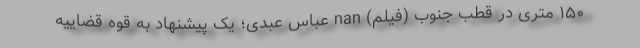
۱۵۰ متری در قطب جنوب (فیلم) nan عباس عبدی؛ یک پیشنهاد به قوه قضاییه